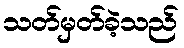
သတ်မှတ်ခဲ့သည်